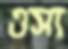
ওসা